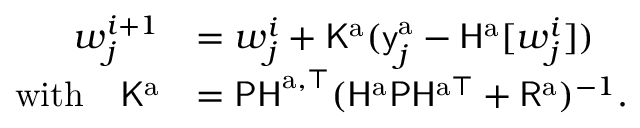
\begin{array} { r l } { \boldsymbol { w } _ { j } ^ { i + 1 } } & { = \boldsymbol { w } _ { j } ^ { i } + \mathsf { K } ^ { \mathrm { a } } ( \mathsf { y } _ { j } ^ { \mathrm { a } } - \mathsf { H } ^ { \mathrm { a } } [ \boldsymbol { w } _ { j } ^ { i } ] ) } \\ { \mathrm { w i t h } \quad \mathsf { K } ^ { \mathrm { a } } } & { = \mathsf { P H } ^ { \mathrm { a } , \top } ( \mathsf { H } ^ { \mathrm { a } } \mathsf { P } \mathsf { H } ^ { \mathrm { a } \top } + \mathsf { R } ^ { \mathrm { a } } ) ^ { - 1 } \mathrm { . } } \end{array}